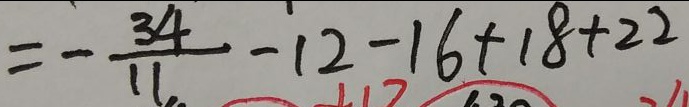
= - \frac { 3 4 } { 1 1 } - 1 2 - 1 6 + 1 8 + 2 2